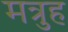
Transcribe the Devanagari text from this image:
मत्रुह